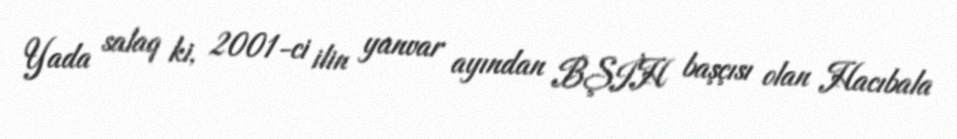
Yada salaq ki, 2001-ci ilin yanvar ayından BŞİH başçısı olan Hacıbala